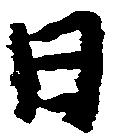
日